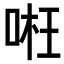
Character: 𠶖